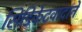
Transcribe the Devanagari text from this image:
सिंडिकेटवादाने